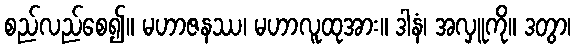
စည်လည်စေ၍။ မဟာဇနဿ၊ မဟာလူထုအား။ ဒါနံ၊ အလှူကို။ ဒတွာ၊